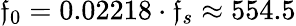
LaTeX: \mathfrak{f}_{0}=0.02218\cdot\mathfrak{f}_{s}\approx554.5